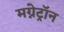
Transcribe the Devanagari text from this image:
मग्नेट्रॉन